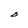
Character: O